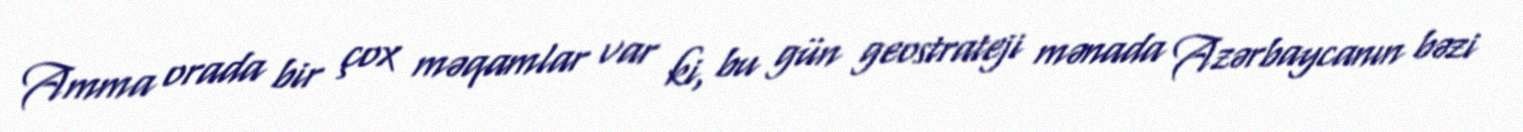
Amma orada bir çox məqamlar var ki, bu gün geostrateji mənada Azərbaycanın bəzi